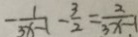
- \frac { 1 } { 3 x - 1 } - \frac { 3 } { 2 } = \frac { 2 } { 3 x - 1 }